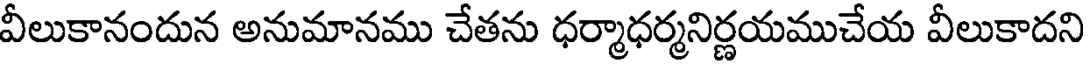
వీలుకానందున అనుమానము చేతను ధర్మాధర్మనిర్ణయముచేయ వీలుకాదని